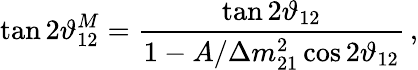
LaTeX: \tan 2\vartheta_{12}^{M}=\frac{\tan 2\vartheta_{12}}{1-A/\Delta{m}_{21}^{2}\cos{2\vartheta_{12}}}\, ,